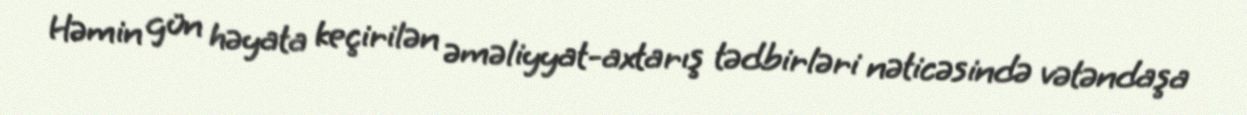
Həmin gün həyata keçirilən əməliyyat-axtarış tədbirləri nəticəsində vətəndaşa